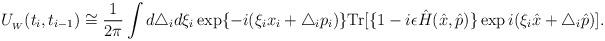
LaTeX: \begin{align*} U_{_W}(t_i, t_{i-1}) \cong \frac{1}{2\pi }\int d\triangle _id\xi _i \exp\{-i(\xi _ix_i+\triangle _ip_i)\} \textrm{Tr}[\{1-i\epsilon \hat{H}(\hat{x},\hat{p})\}\exp i(\xi _i\hat{x}+\triangle _i\hat{p})].\end{align*}